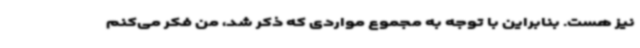
نیز هست. بنابراین با توجه به مجموع مواردی که ذکر شد، من فکر می‌کنم